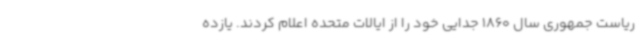
ریاست جمهوری سال 1860 جدایی خود را از ایالات متحده اعلام کردند. یازده